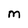
Character: M